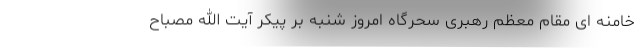
خامنه ای مقام معظم رهبری سحرگاه امروز شنبه بر پیکر آیت الله مصباح